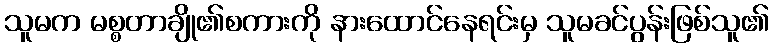
သူမက မစ္စတာချို၏စကားကို နားထောင်နေရင်းမှ သူမခင်ပွန်းဖြစ်သူ၏